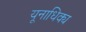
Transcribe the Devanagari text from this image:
यूनाधिक्य